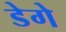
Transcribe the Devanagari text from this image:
डेगे